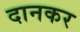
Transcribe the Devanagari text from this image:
दानकर